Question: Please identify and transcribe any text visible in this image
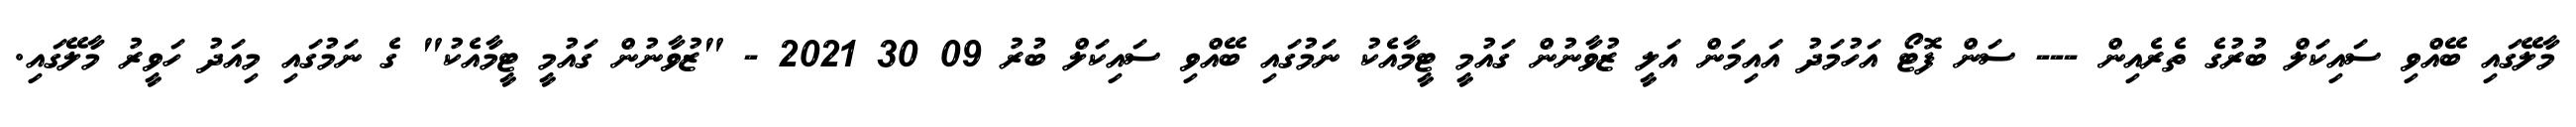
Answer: މާލޭގައި ބޭއްވި ސައިކަލް ބުރުގެ ތެރެއިން --- ސަން ފޮޓޯ އަހުމަދު އައިމަން އަލީ ޒުވާނުން ގައުމީ ޓީމާއެކު ނަމުގައި ބޭއްވި ސައިކަލް ބުރު 09 30 2021 - "ޒުވާނުން ގައުމީ ޓީމާއެކު" ގެ ނަމުގައި މިއަދު ހަވީރު މާލޭގައި.